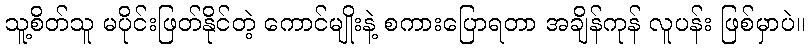
သူ့စိတ်သူ မပိုင်းဖြတ်နိုင်တဲ့ ကောင်မျိုးနဲ့ စကားပြောရတာ အချိန်ကုန် လူပန်း ဖြစ်မှာပဲ။